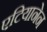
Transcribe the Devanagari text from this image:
एटियानेन